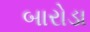
બારોડા